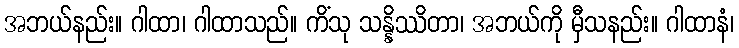
အဘယ်နည်း။ ဂါထာ၊ ဂါထာသည်။ ကိံသု သန္နိဿိတာ၊ အဘယ်ကို မှီသနည်း။ ဂါထာနံ၊